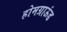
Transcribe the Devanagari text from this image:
होमग्राऊंड